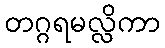
တဂ္ဂရမလ္လိကာ